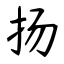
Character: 扬